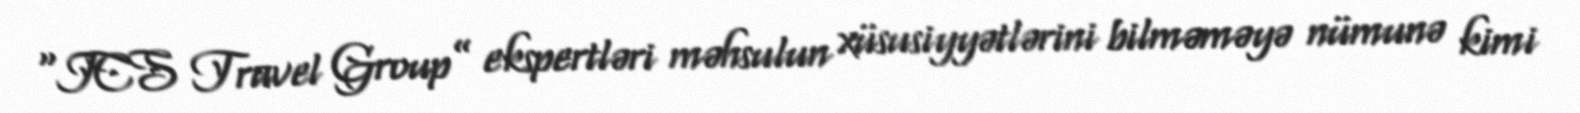
“ICS Travel Group” ekspertləri məhsulun xüsusiyyətlərini bilməməyə nümunə kimi